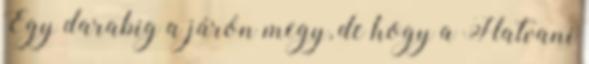
Egy darabig a járón megy, de hogy a Hatvani